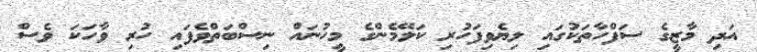
އަދި މާޒީގެ ސަފްހާތަކުގައި ލިޔެވިފަހުރި ކަލޭމެންގެ މީހުނައް ނިސްބަތްވެފައި ހުރި ވާހަކަ ވެސް